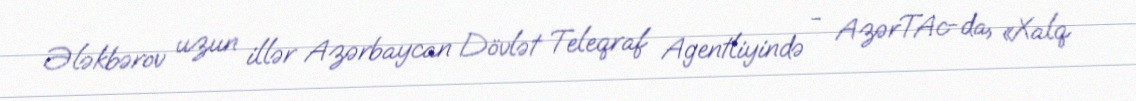
Ələkbərov uzun illər Azərbaycan Dövlət Teleqraf Agentliyində - AzərTAc-da, «Xalq